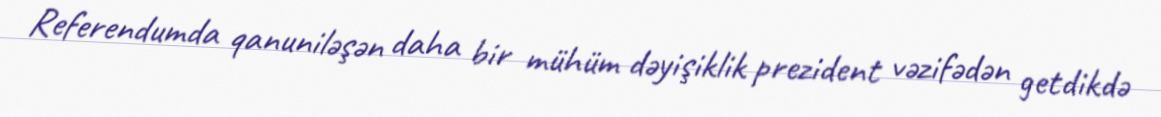
Referendumda qanuniləşən daha bir mühüm dəyişiklik prezident vəzifədən getdikdə